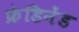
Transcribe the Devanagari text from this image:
फ्रेडिनेंड